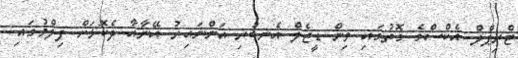
ޓްރިޕްލް އެކްސްގެ ގޮތުގައި ވިން ޑީޒެލް އެނބުރި އަންނައިރު އޭނާއާ ދެކޮޅަށް ފިލްމުގައި